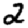
Digit: 2